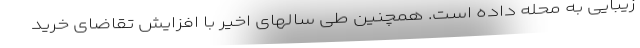
زیبایی به محله داده است. همچنین طی سالهای اخیر با افزایش تقاضای خرید